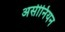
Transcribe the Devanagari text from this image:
असीनियन